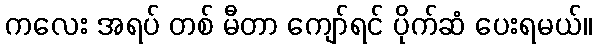
ကလေး အရပ် တစ် မီတာ ကျော်ရင် ပိုက်ဆံ ပေးရမယ်။